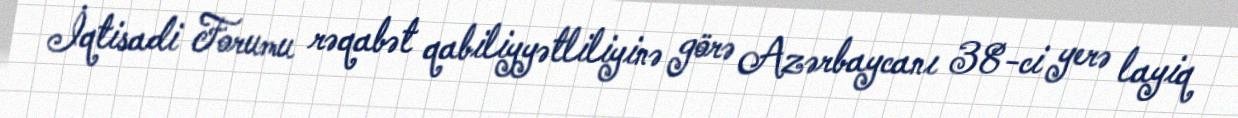
İqtisadi Forumu rəqabət qabiliyyətliliyinə görə Azərbaycanı 38-ci yerə layiq